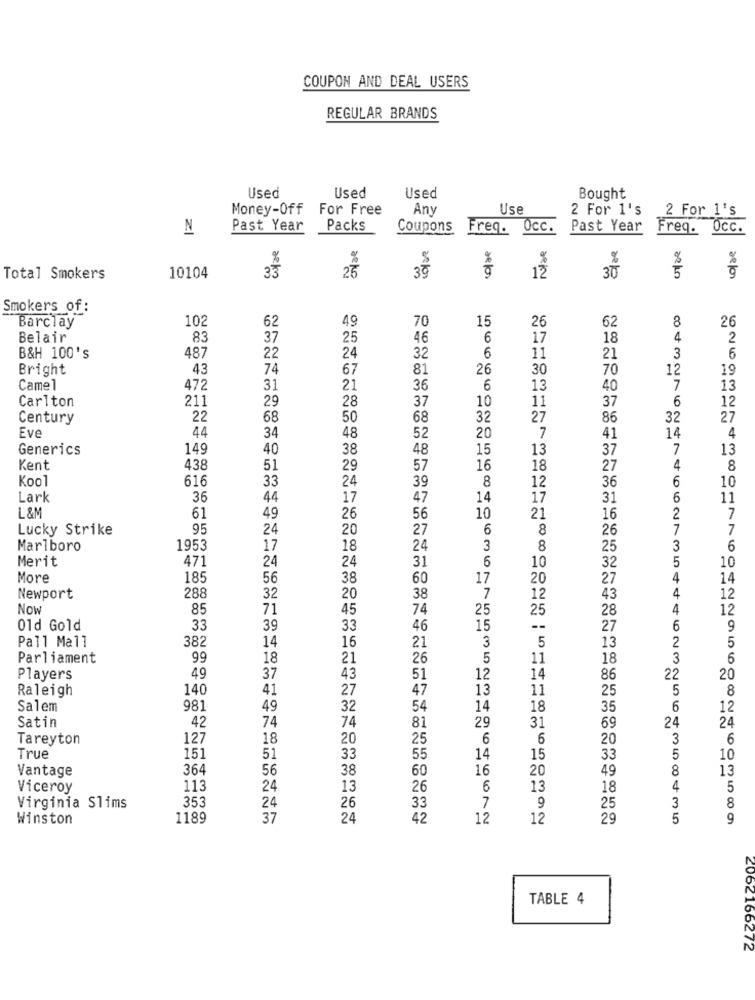
COUPON AND DEAL USERS
REGULAR BRANDS
Used
Used
Used
Bought
Money-Off
For Free
Any
Use
2 For 1's
2 For 1's
N
Past Year
Packs
Coupons
Freq. Occ.
Past Year
Freq. Occ.
%
%
%
%
25
Total Smokers
10104
12
30
Smokers of:
102
62
49
70
15
62
8
26
Barclay
26
Belair
83
37
25
46
6
17
18
4
2
B&H 100'S
487
22
24
32
6
11
21
3
6
Bright
43
74
67
81
26
30
70
12
19
Camel
472
31
21
36
6
13
40
7
13
211
29
28
37
10
37
6
Carlton
11
12
Century
22
68
50
68
32
27
86
32
27
44
Eve
34
48
52
20
7
41
14
4
Generics
149
40
38
48
15
13
37
7
13
Kent
438
51
29
57
16
18
27
4
8
Kool
616
33
24
39
8
12
36
6
10
Lark
36
44
17
47
14
17
31
6
11
L&M
61
10
49
26
56
21
16
2
7
Lucky Strike
95
24
20
27
6
8
26
7
7
Marlboro
1953
17
18
24
3
8
25
3
6
Merit
471
24
24
31
6
32
5
10
10
More
185
56
38
60
17
20
27
4
14
4
Newport
288
32
20
38
7
12
43
12
Now
85
71
45
74
25
25
28
4
12
01d Gold
33
39
33
46
15
--
27
6
9
382
14
3
5
13
2
5
Pall Mall
16
21
Parliament
99
18
21
26
5
11
18
3
6
Players
49
37
43
51
12
14
86
22
20
Raleigh
140
41
27
47
13
11
25
5
8
Salem
981
49
32
54
14
18
35
6
12
42
74
29
31
24
24
Satin
74
81
69
Tareyton
127
18
20
25
6
6
20
3
6
True
151
51
33
55
14
15
33
5
10
Vantage
364
56
38
60
16
20
49
8
13
Viceroy
113
24
13
26
6
13
18
4
5
353
24
3
Virginia Slims
26
33
7
9
25
8
Winston
1189
37
24
42
12
12
29
5
9
TABLE 4
2062166272